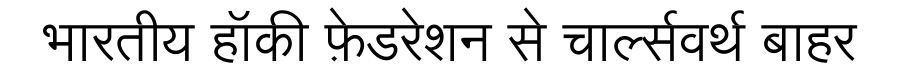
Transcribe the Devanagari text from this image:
भारतीय हॉकी फ़ेडरेशन से चार्ल्सवर्थ बाहर